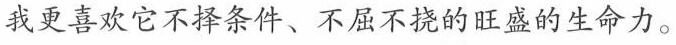
我更喜欢它不择条件、不屈不挠的旺盛的生命力。